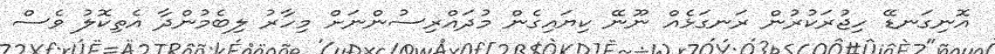
އޮނިގަނޑޭ ހިޖުރަކުރުން ރަނގަޅެއް ނޫނޭ ކިޔައިގެން މުދައްރިސުންނަށް މިހާރު ލިބެމުންދާ އެތިކޮލު ވެސް